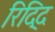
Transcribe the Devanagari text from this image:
रिद्दि